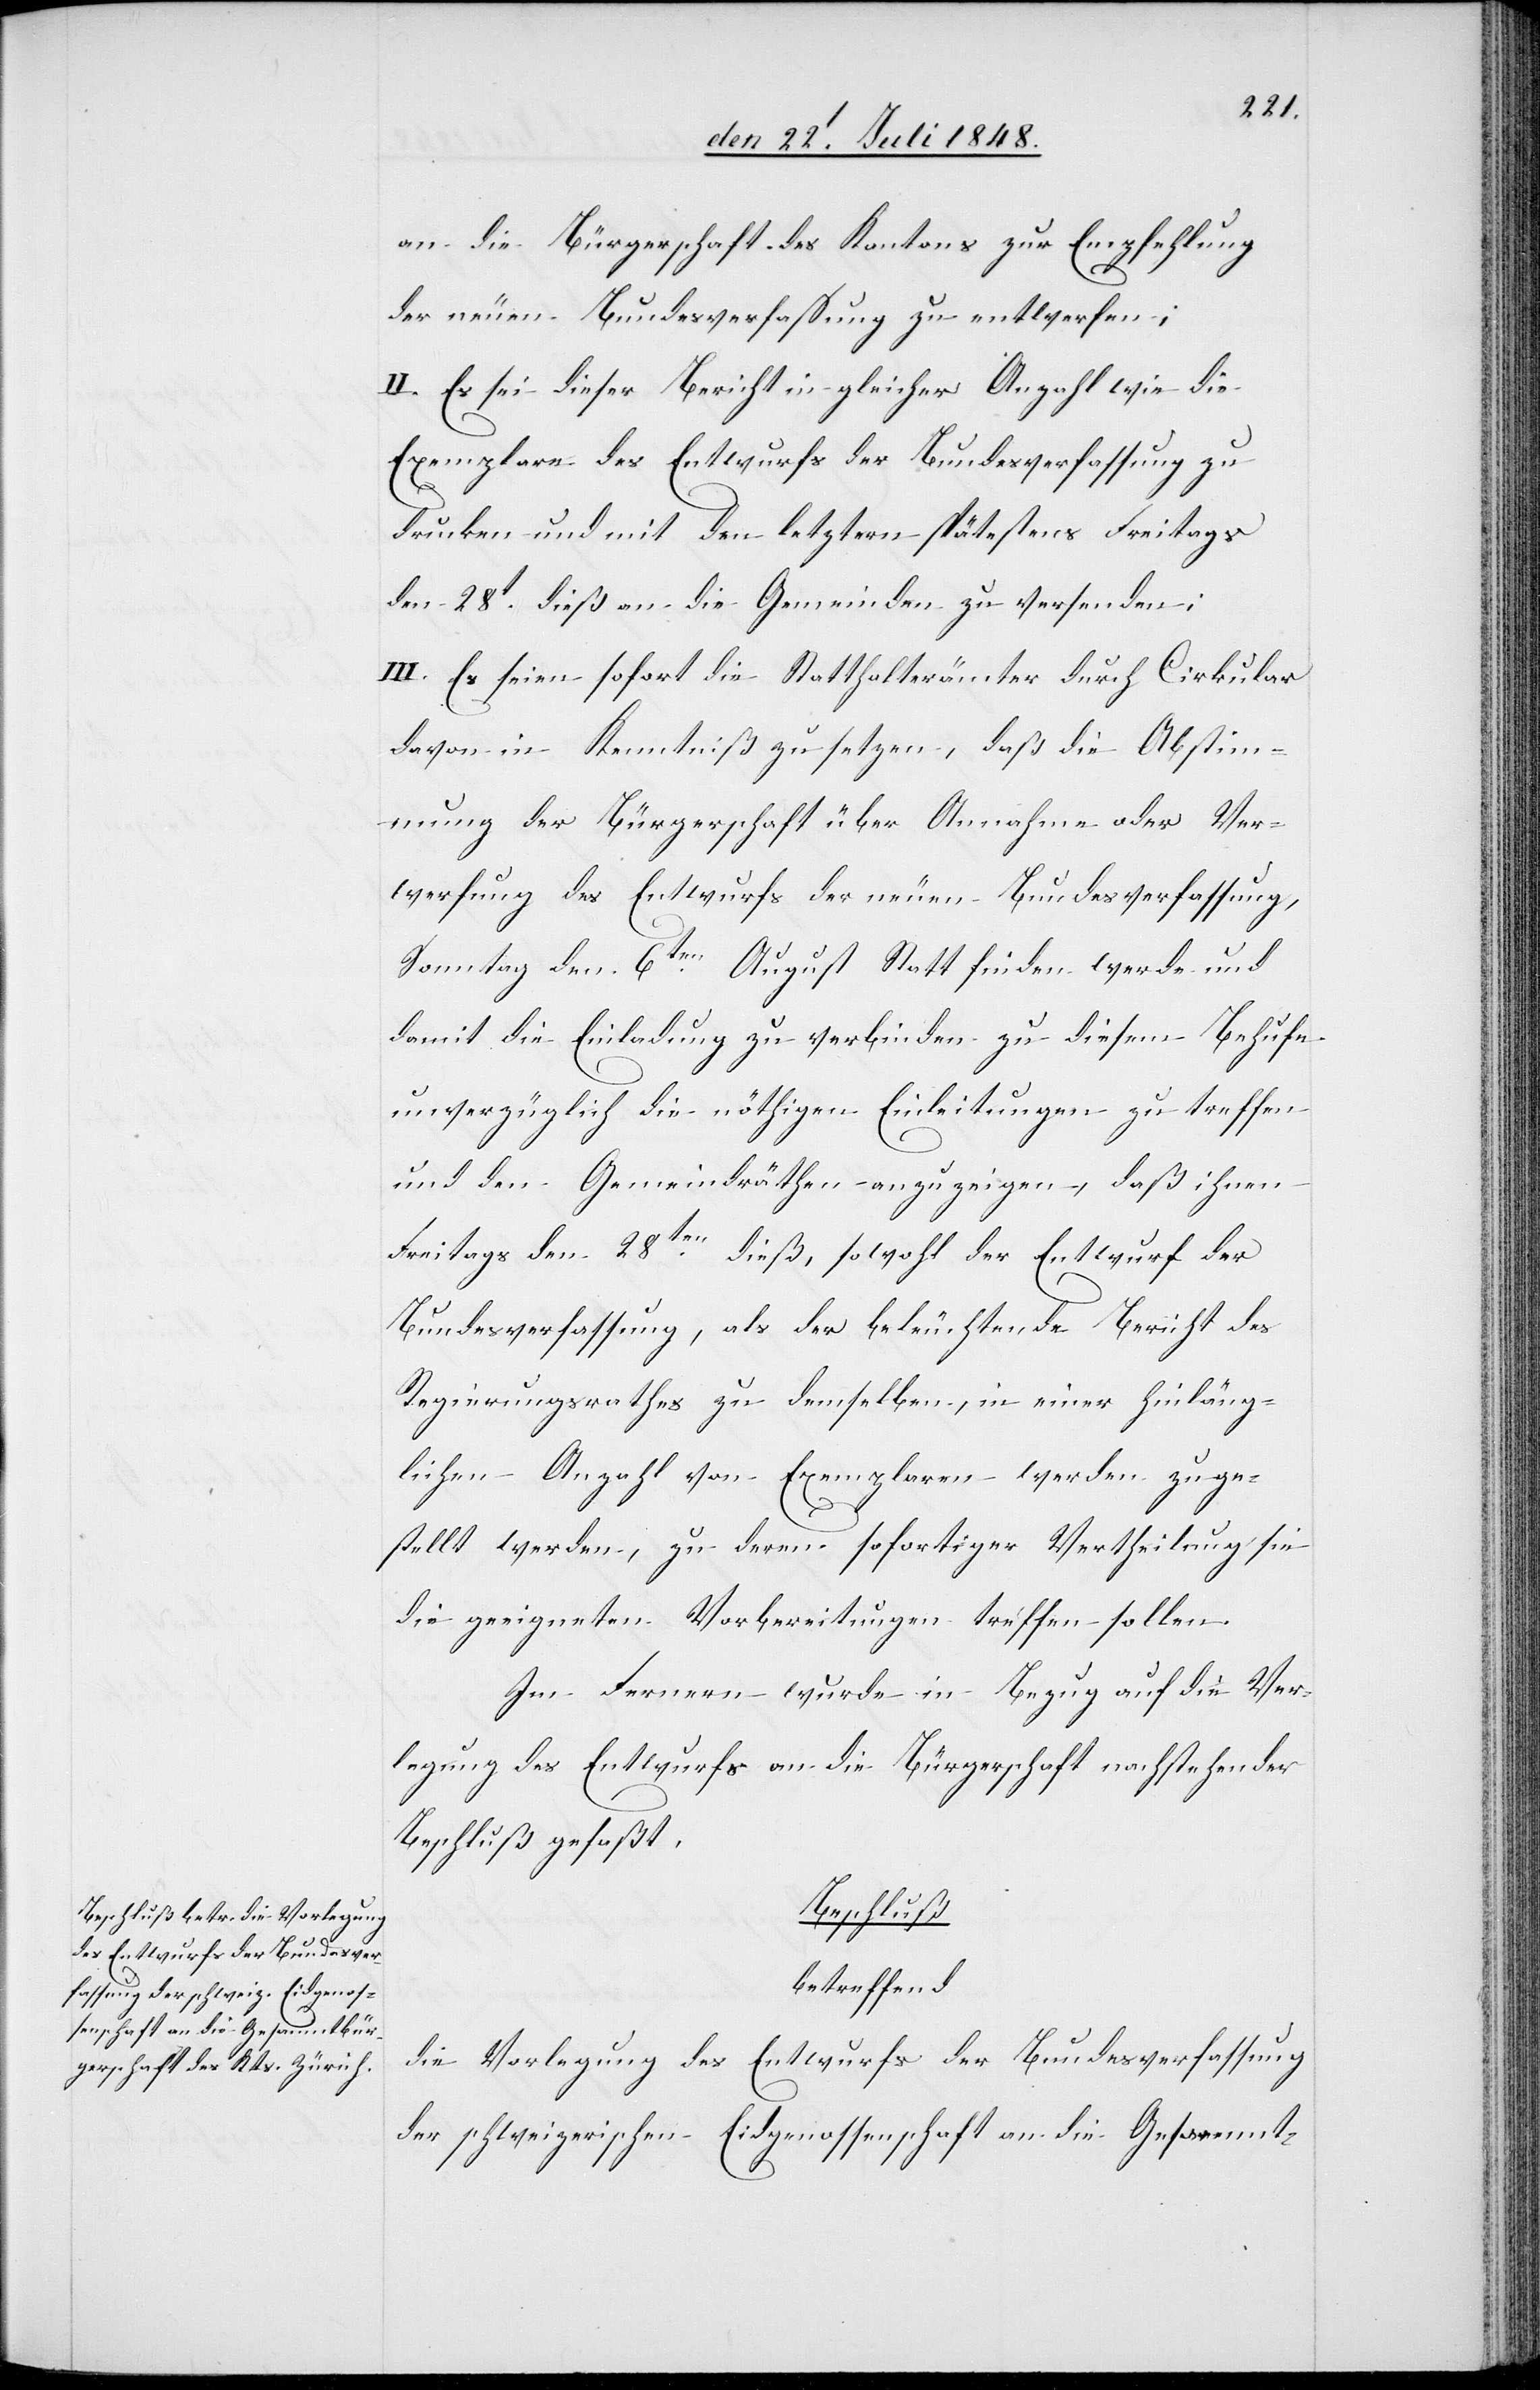
an die Bürgerschaft des Kantons zur Empfehlung
der neuen Bundesverfaßung zu entwerfen;
II. Es sei dieser Bericht in gleicher Anzahl wie die
Exemplare des Entwurfs der Bundesverfassung zu
drucken und mit den letztern spätestens Freitags
den 28t dieß an die Gemeinden zu versenden;
III. Es seien sofort die Statthalterämter durch Cirkular
davon in Kenntniß zu setzen, daß die Abstim¬
mung der Bürgerschaft über Annahme oder Ver¬
werfung des Entwurfs der neuen Bundesverfassung,
Sonntag den 6ten August Statt finden werde und
damit die Einladung zu verbinden zu diesem Behufe
unverzüglich die nöthigen Einleitungen zu treffen
und den Gemeindräthen anzuzeigen, daß ihnen
Freitags den 28ten dieß, sowohl der Entwurf der
Bundesverfassung, als der beleuchtende Bericht des
Regierungsrathes zu demselben, in einer hinläng¬
lichen Anzahl von Exemplaren werden zuge¬
stellt werden, zu deren sofortiger Vertheilung sie
die geeigneten Vorbereitungen treffen sollen.
Im Fernern wurde in Bezug auf die Ver¬
legung des Entwurfes an die Bürgerschaft nachstehender
Beschluß gefaßt
Beschluß.
betreffend
die Vorlegung des Entwurfs der Bundesverfassung
der schweizerischen Eidgenossenschaft an die Gesammt-